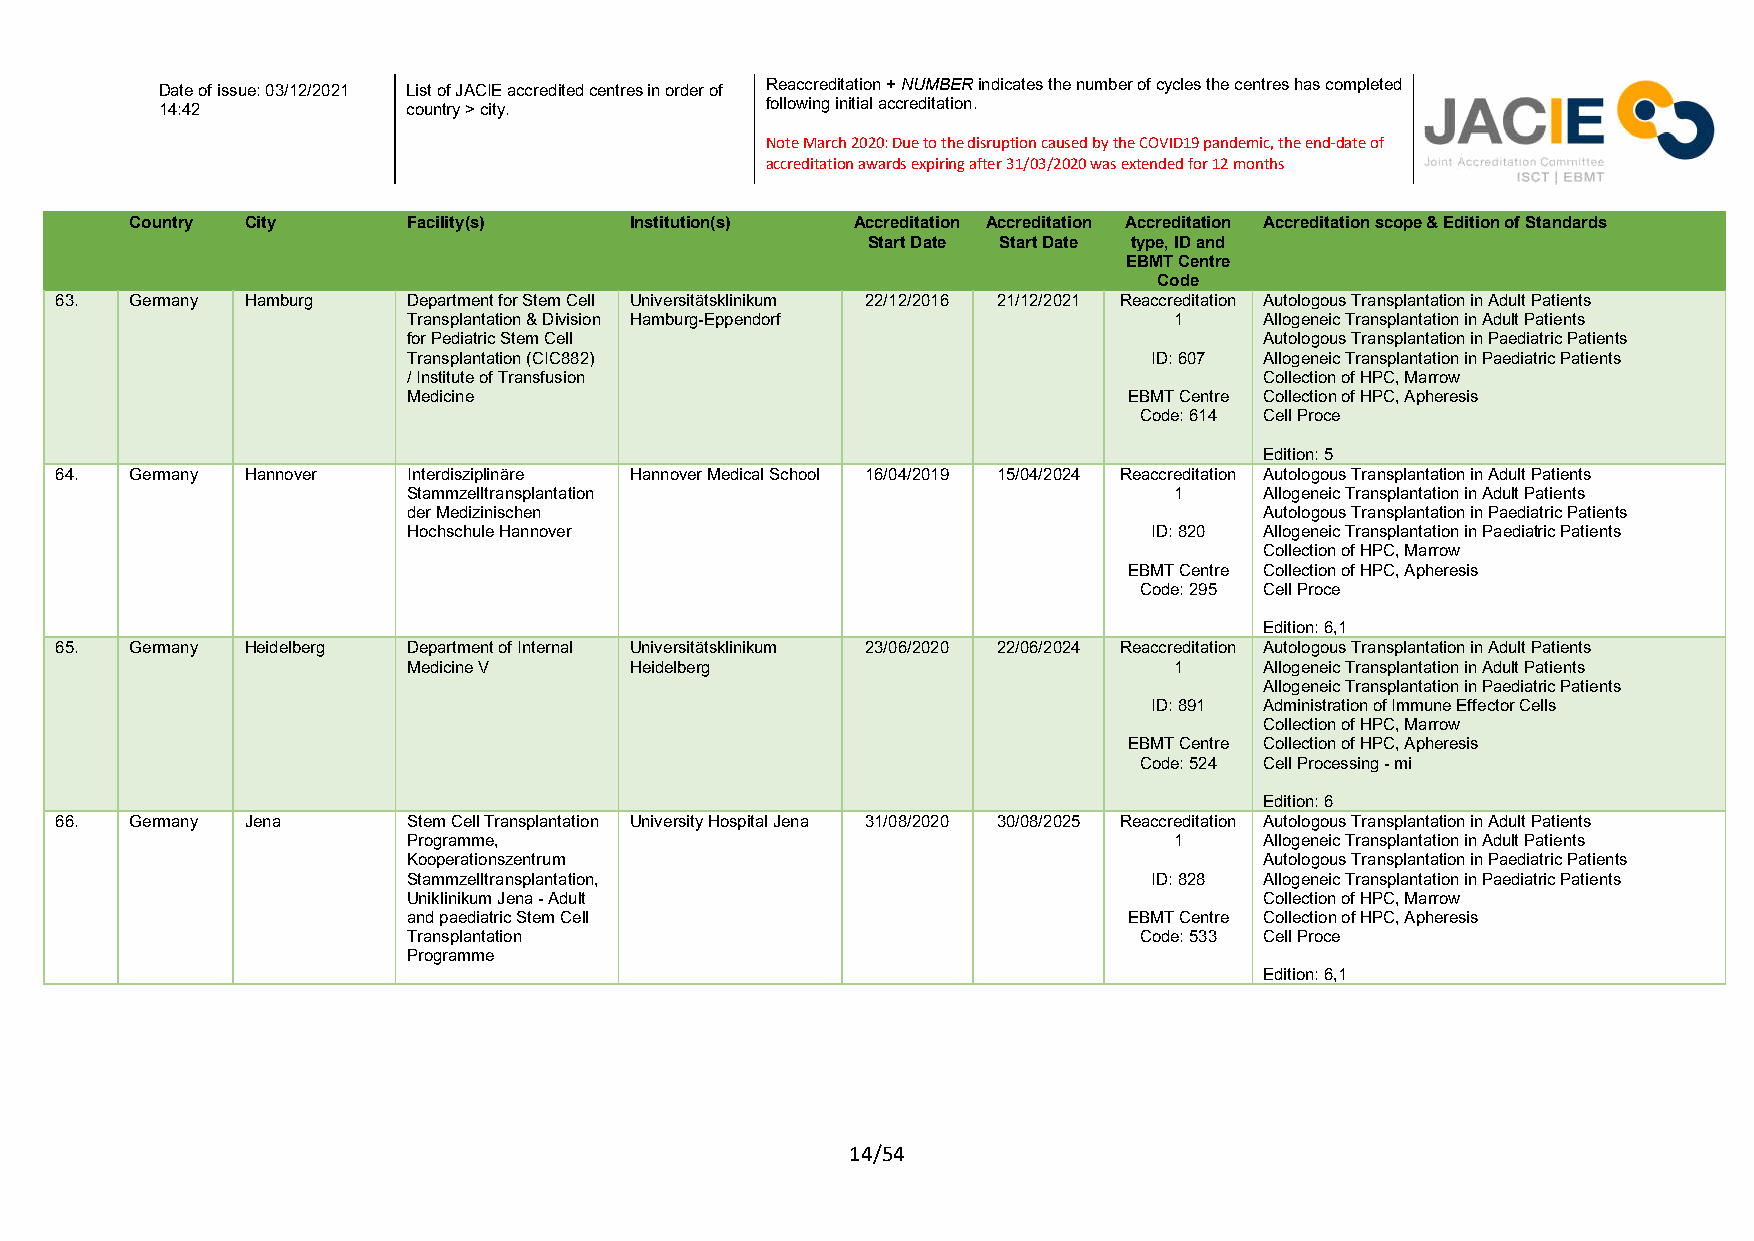
Reaccreditation + NUMBER indicates the number of cycles the centres has completed
 Date of issue: 03/12/2021 List of JACIE accredited centres in order of
 following initial accreditation.
 14:42           country > city.
 Note March 2020: Due to the disruption caused by the COVID19 pandemic, the end-date of
 accreditation awards expiring after 31/03/2020 was extended for 12 months
 Country City      Facility(s)    Institution(s) Accreditation Accreditation Accreditation Accreditation scope & Edition of Standards
 Start Date Start Date type, ID and
 EBMT Centre
 Code
 63.  Germany Hamburg   Department for Stem Cell Universitätsklinikum 22/12/2016 21/12/2021 Reaccreditation Autologous Transplantation in Adult Patients
 Transplantation & Division Hamburg-Eppendorf       1     Allogeneic Transplantation in Adult Patients
 for Pediatric Stem Cell                                  Autologous Transplantation in Paediatric Patients
 Transplantation (CIC882)                         ID: 607 Allogeneic Transplantation in Paediatric Patients
 / Institute of Transfusion                               Collection of HPC, Marrow
 Medicine                                        EBMT Centre Collection of HPC, Apheresis
 Code: 614 Cell Proce
 Edition: 5
 64.  Germany Hannover  Interdisziplinäre Hannover Medical School 16/04/2019 15/04/2024 Reaccreditation Autologous Transplantation in Adult Patients
 Stammzelltransplantation                           1     Allogeneic Transplantation in Adult Patients
 der Medizinischen                                        Autologous Transplantation in Paediatric Patients
 Hochschule Hannover                              ID: 820 Allogeneic Transplantation in Paediatric Patients
 Collection of HPC, Marrow
 EBMT Centre Collection of HPC, Apheresis
 Code: 295 Cell Proce
 Edition: 6,1
 65.  Germany Heidelberg Department of Internal Universitätsklinikum 23/06/2020 22/06/2024 Reaccreditation Autologous Transplantation in Adult Patients
 Medicine V     Heidelberg                          1     Allogeneic Transplantation in Adult Patients
 Allogeneic Transplantation in Paediatric Patients
 ID: 891 Administration of Immune Effector Cells
 Collection of HPC, Marrow
 EBMT Centre Collection of HPC, Apheresis
 Code: 524 Cell Processing - mi
 Edition: 6
 66.  Germany Jena      Stem Cell Transplantation University Hospital Jena 31/08/2020 30/08/2025 Reaccreditation Autologous Transplantation in Adult Patients
 Programme,                                         1     Allogeneic Transplantation in Adult Patients
 Kooperationszentrum                                      Autologous Transplantation in Paediatric Patients
 Stammzelltransplantation,                        ID: 828 Allogeneic Transplantation in Paediatric Patients
 Uniklinikum Jena - Adult                                 Collection of HPC, Marrow
 and paediatric Stem Cell                        EBMT Centre Collection of HPC, Apheresis
 Transplantation                                 Code: 533 Cell Proce
 Programme
 Edition: 6,1
 14/54